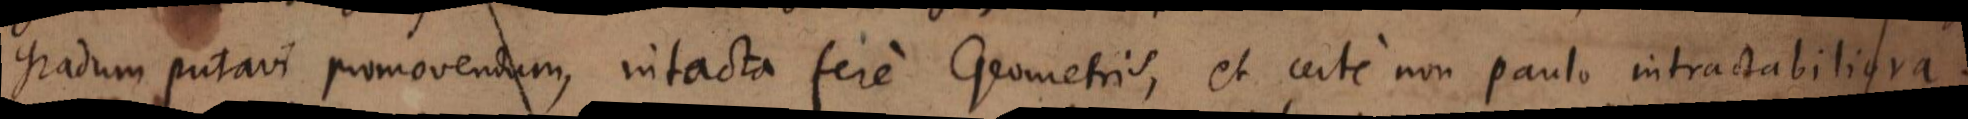
gradum putavi promovendum, intacta fere Geometris, et certe non paulo intractabiliora.